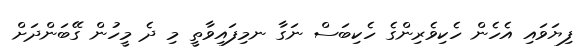
ފިޔަވައި އެހެން ހެކިވެރިންގެ ހެކިބަސް ނަގާ ނމިފައިވާތީ މި ދެ މީހުން ގޭބަންދަށް